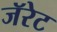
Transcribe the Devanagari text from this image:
जॅरेट